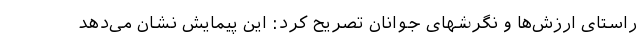
راستای ارزش‌ها و نگرشهای جوانان تصریح کرد: این پیمایش نشان می‌دهد